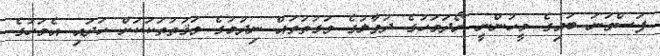
ފަސްވަނަ ބައިގެ މީހުންނީ ރޯދަމަހުގެ ދުވާލުގެ ވަގުތުތައް ނިދުމުގެ ވަޤުތުތަކަކަށް ހަދައި އެމަހުގެ